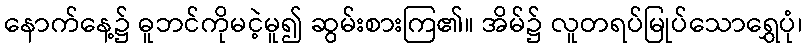
နောက်နေ့၌ ဓူဘင်ကိုမငဲ့မူ၍ ဆွမ်းစားကြ၏။ အိမ်၌ လူတရပ်မြုပ်သောရွှေပုံ၊